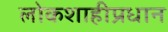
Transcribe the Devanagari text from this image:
लोकशाहीप्रधान